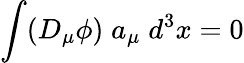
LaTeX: \int(D_{\mu}\phi)\; a_{\mu}\; d^{3}x=0